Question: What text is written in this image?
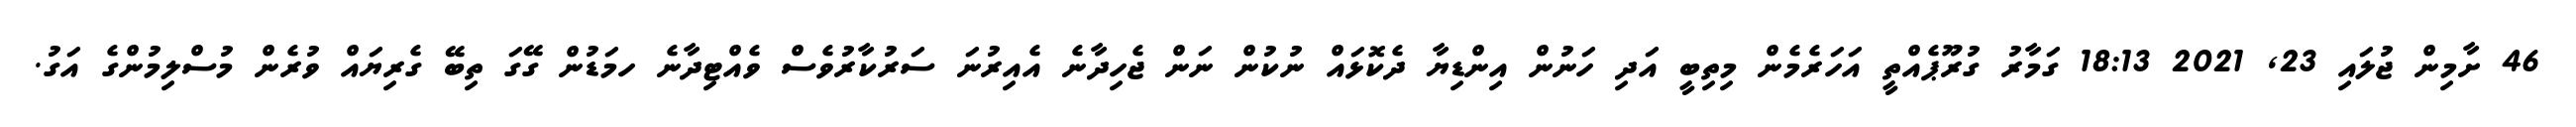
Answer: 46 ށާމިން ޖުލައި 23, 2021 18:13 ގަމާރު ގުރޫޕެއްތީ އަހަރެމެން މިތިބީ އަދި ހަނުން އިންޑިޔާ ދެކޮޅައް ނުކުން ނަން ޖެހިދާނެ އެއިރުނަ ސަރުކާރުވެސް ވެއްޓިދާނެ ހމަޑުން ގޭގަ ތިބޭ ގެރިޔައް ވުރެން މުސްލިމުންގެ އަގު.